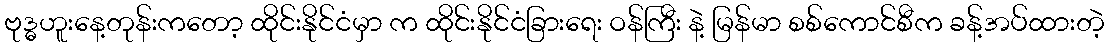
ဗုဒ္ဓဟူးနေ့တုန်းကတော့ ထိုင်းနိုင်ငံမှာ က ထိုင်းနိုင်ငံခြားရေး ဝန်ကြီး နဲ့ မြန်မာ စစ်ကောင်စီက ခန့်အပ်ထားတဲ့